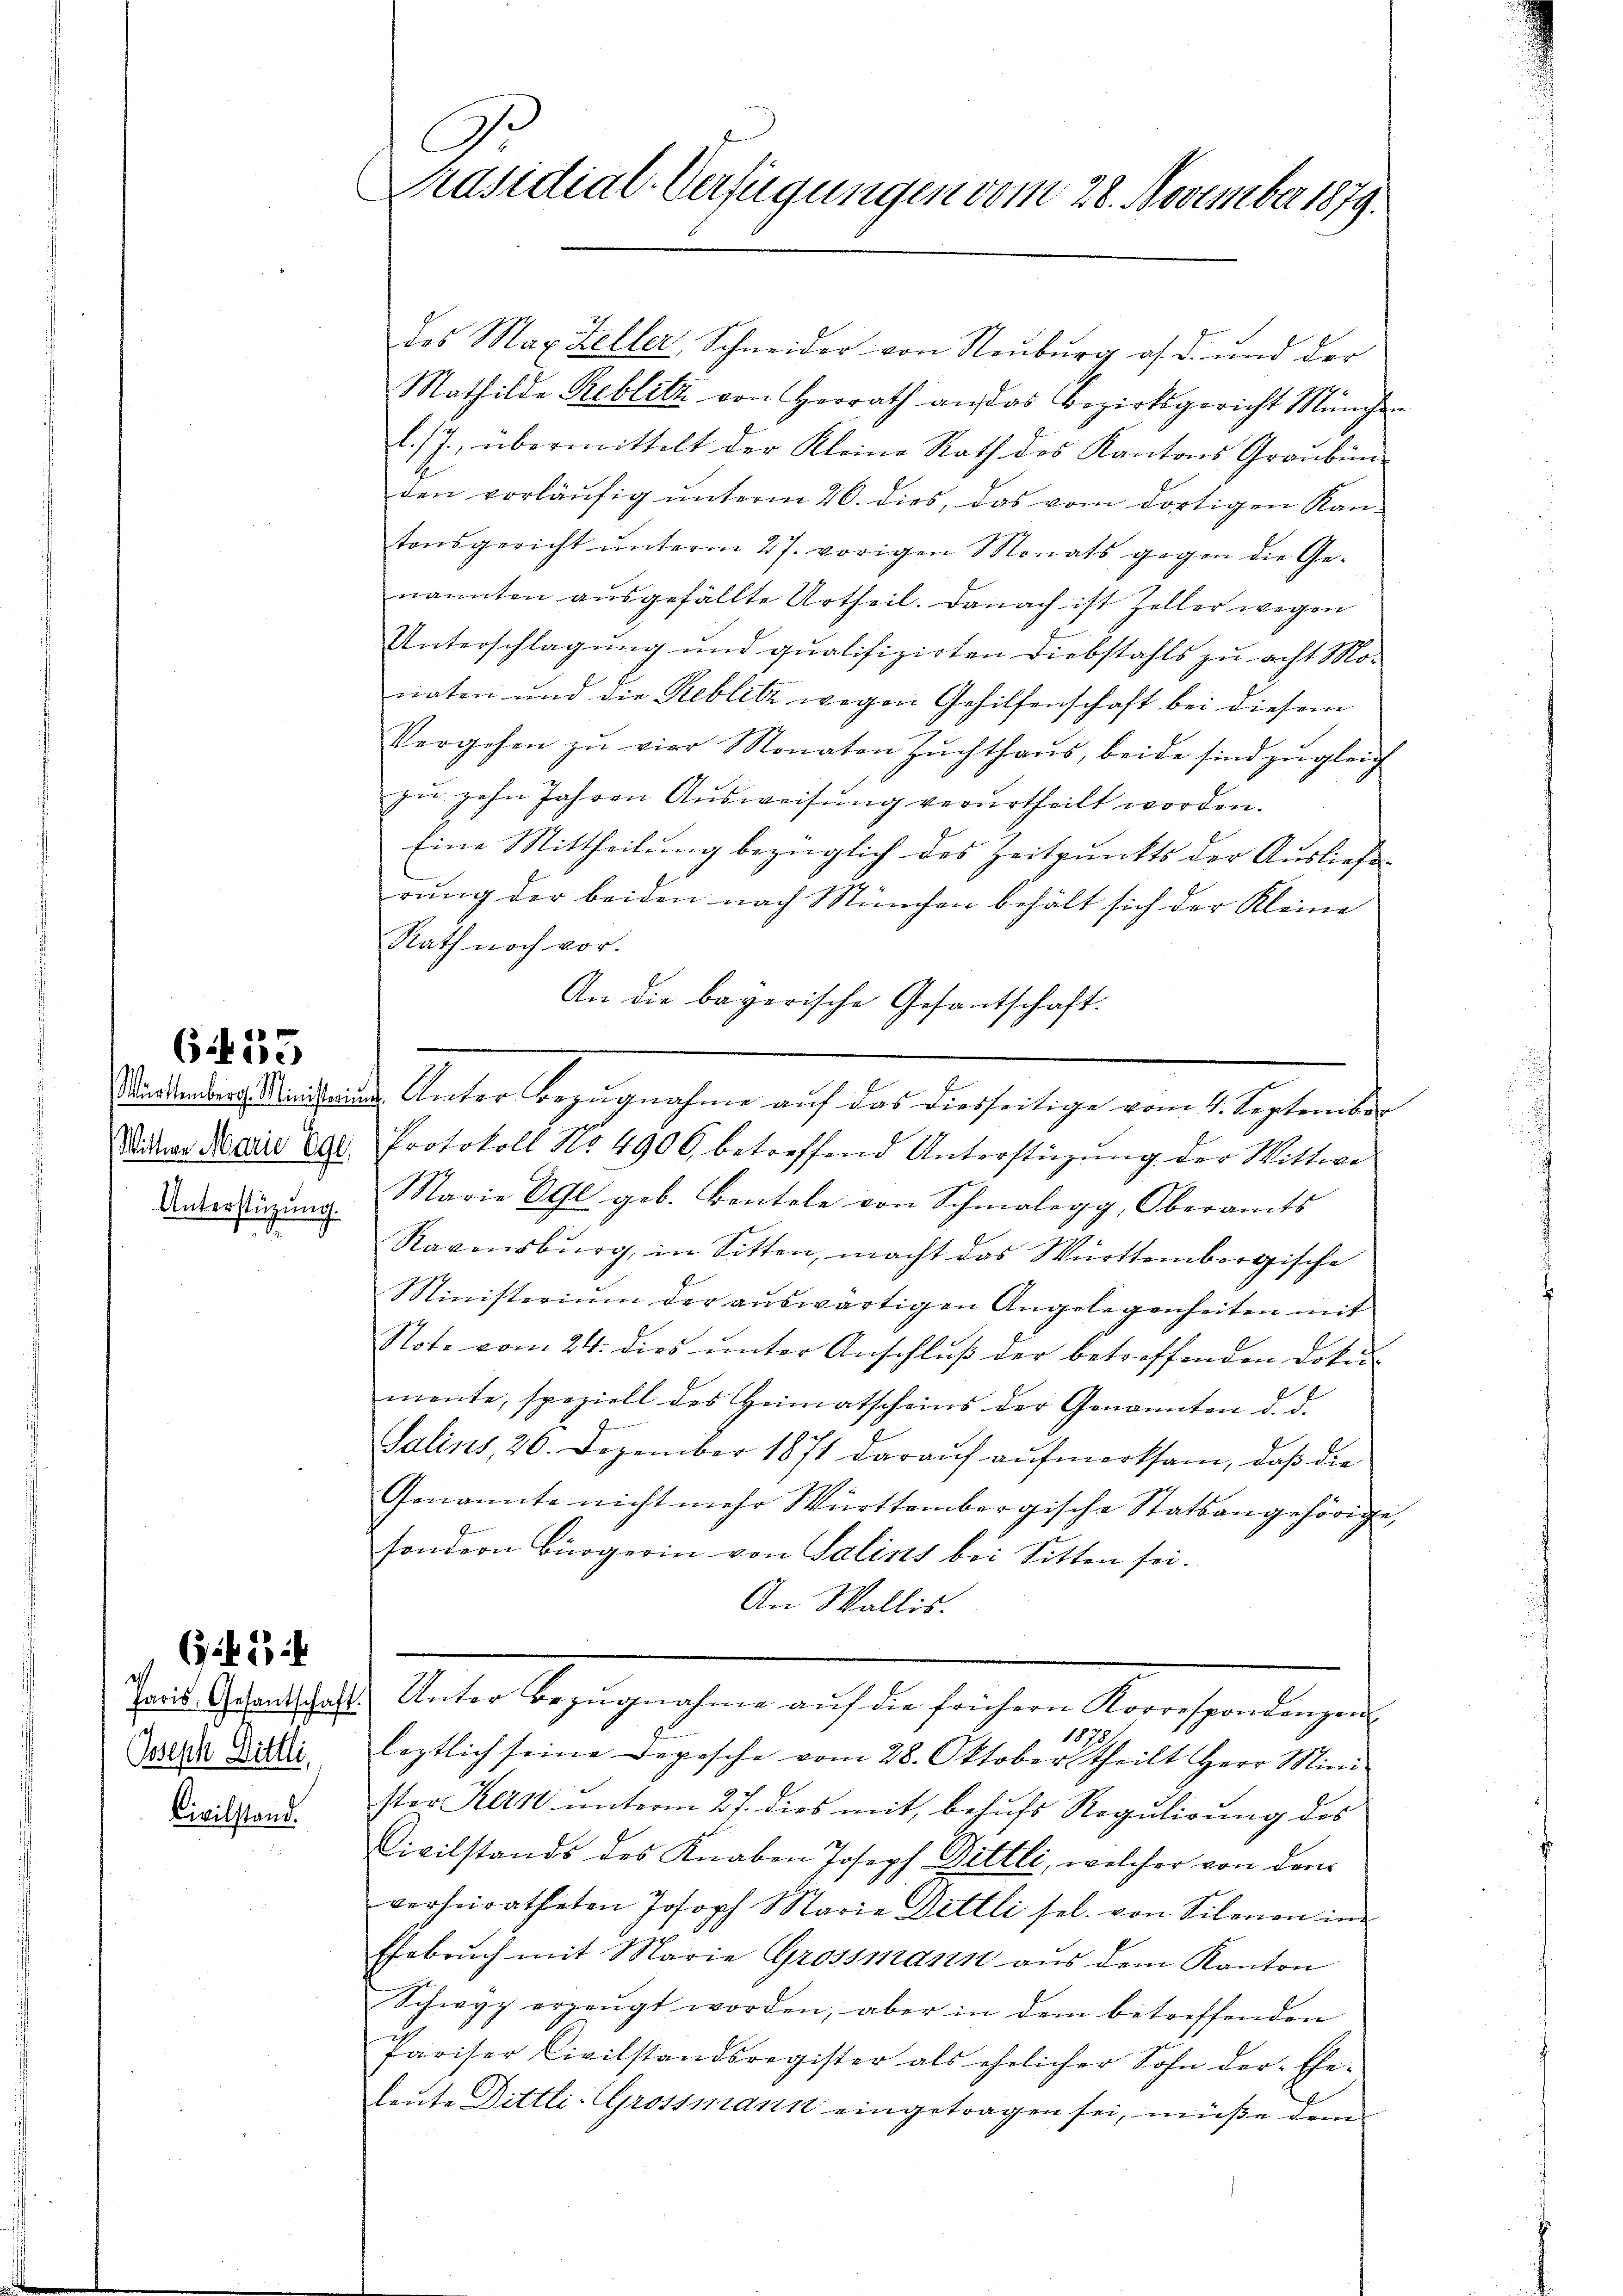
6.433

Osseph Dittli,
Civilstand.

G13

C
Präsidial-Verfügungen vom 28. November 1879.

des Max Zeller, Schneider von Neŭbŭrg a. d. und der
Mathilde Reblitz von Herrath an das Bezirksgericht München
l./7. übermittelt der Kleine Rath des Kantons Graubünden vorläŭfig ŭnterm 26. dies, das vom dortigen Kan-
tonsgericht ŭnterm 27. vorigen Monats gegen die Ge-
nannten aŭsgefällte Urtheil. Danach ist Zeller wegen
Unterschlagung und qualifizirten Diebstahls zu acht Moriaten und die Reblitz wegen Gehilfenschaft bei diesem
Vergehen zŭ vier Monaten Zŭchthaŭs, beide sind zŭgleich
zu zehn Jahren Ausweisung verurtheilt worden.
Eine Mittheilung bezüglich des Zeitpunkts der Ausliefe
rung der beiden nach München behält sich der Kleine
Rath noch vor.
An die bayerische Gesantschaft.
Stundenberg eine Unter Bezugnahme auf das diesseitige vom 4. September
Wikar derie der Protokoll No 4900 betreffend Unterstüzŭng der Wittwe
Ueberdingŭng. Marie OGl. geb. Bentele von Schmalegg, Oberamts
Ravensburg, in Sitten, macht das Württembergische
Ministerium der aŭswärtigen Angelegenheiten mit
Note vom 24. dies ŭnter Anschlŭβ der betreffenden Doku-
mente, speziell des Heimatscheins der Genannten d. d.
I
Salins, 26. Dezember 1871 daraŭf aŭfmerksam, daß die
Genannte nicht mehr Württembergische Statsangehörige,
sondern Bürgerin von Salins bei Sitten sei.
An Wallis.
paris Gesandtschaft. Unter Bezŭgnahme aŭf die frühern Korrespondenzen
1879
loptlich seine Depesche vom 28. Oktober theilt Herr Mini-
ster Kern unterm 27. dies mit, behufs Regulirung des
Civilstands des Knaben Joseph Dittli, welcher von dem
verheiratheten Josoph Marie Dittli sel. von Silenen im
Ehebruch mit Marie Grossmann aus dem Kanton
Schwyz erzeugt worden, aber in dem betreffenden
Pariser Civilstandsregister als ehelicher Sohn der Ehe-
leute Dittli-Grossmann eingetragen sei, müße dann